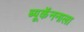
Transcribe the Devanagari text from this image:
ब्यूकॅननाला